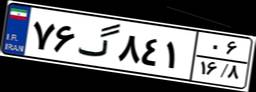
۷۶گ۸۴۱۰۶